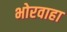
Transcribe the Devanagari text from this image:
भोरवाहा